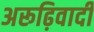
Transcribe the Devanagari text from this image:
अरूढ़िवादी